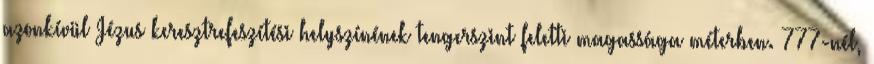
azonkívül Jézus keresztrefeszítési helyszínének tengerszint feletti magassága méterben. 777-nél,